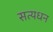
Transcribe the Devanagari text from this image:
सत्यधन